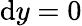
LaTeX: \mathrm{d}y=0